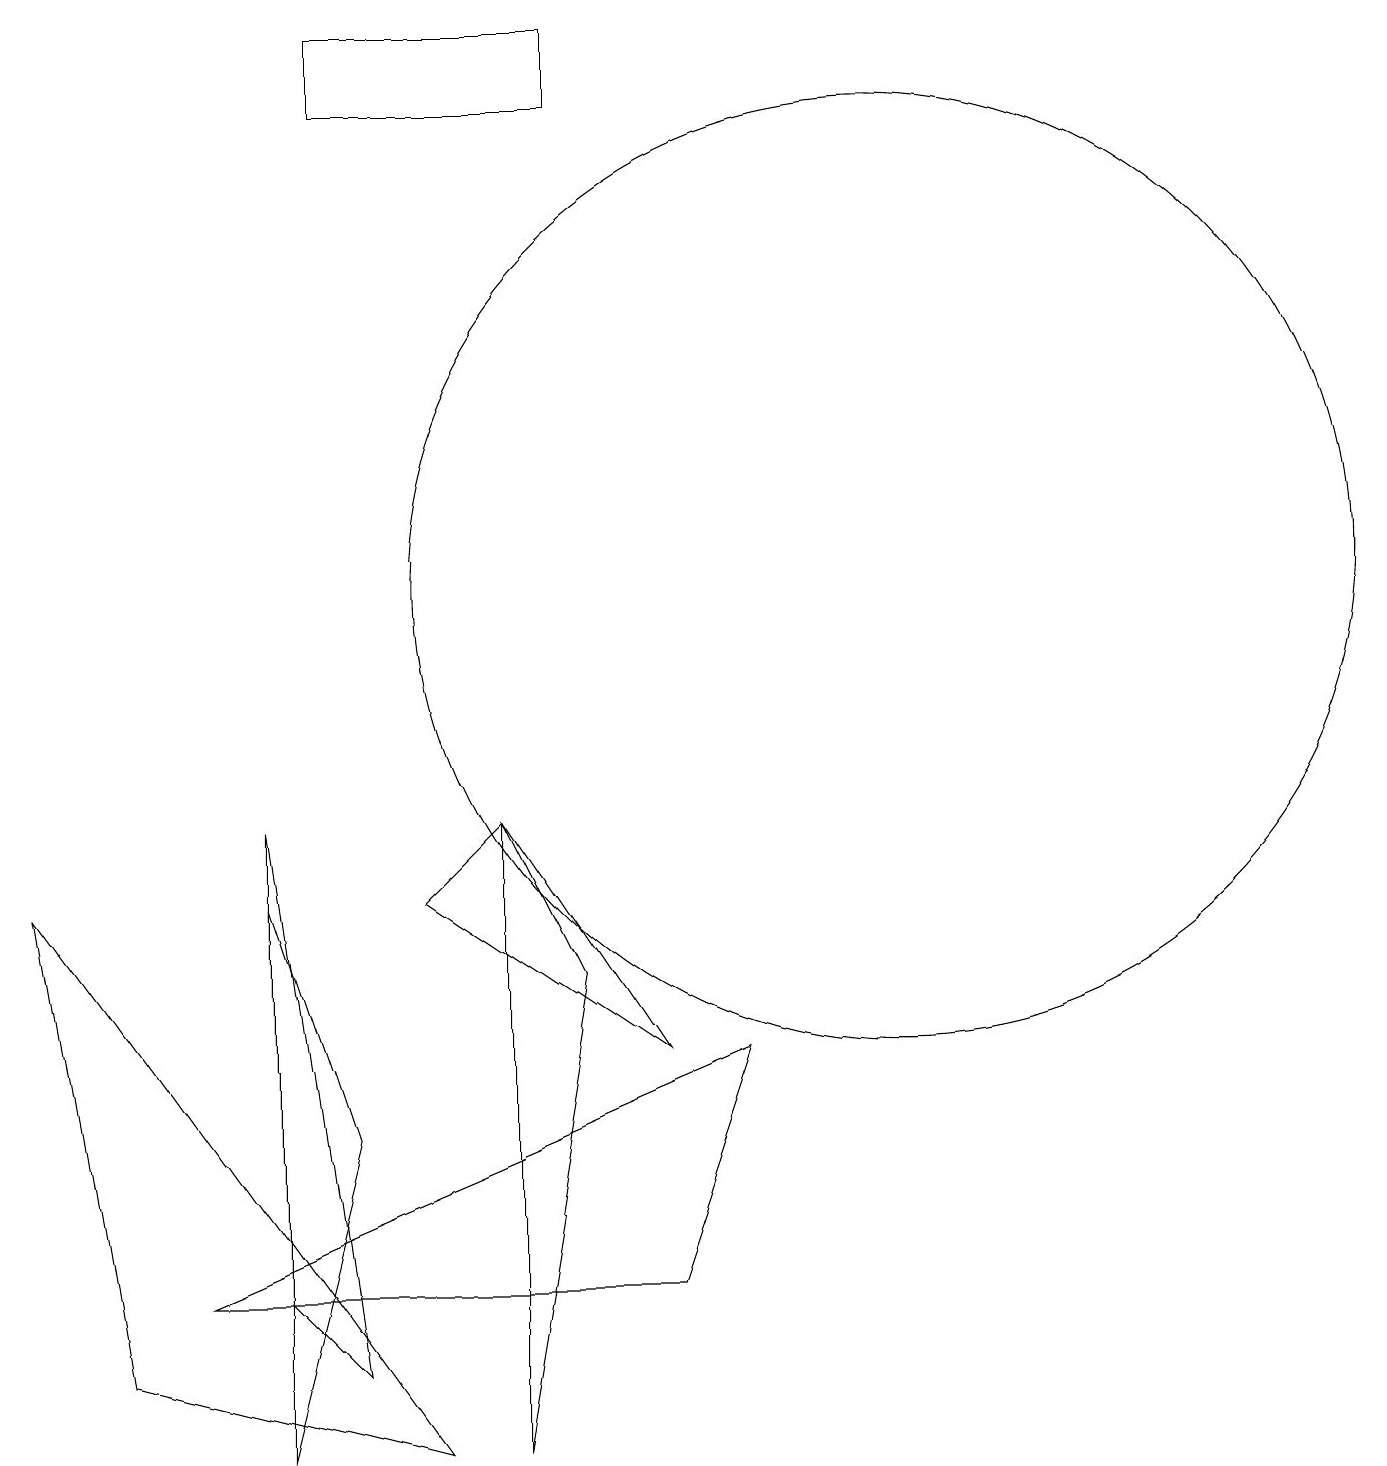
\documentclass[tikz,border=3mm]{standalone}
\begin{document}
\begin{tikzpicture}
\draw (8,6) -- (5,8) -- (6,9) -- cycle;
\draw (11,12) circle (6);
\draw (8,3) -- (2,3) -- (9,6) -- cycle;
\draw (6,9) -- (6,1) -- (7,7) -- cycle;
\draw (1,2) -- (0,8) -- (5,1) -- cycle;
\draw (3,1) -- (4,5) -- (3,8) -- cycle;
\draw (3,3) -- (3,9) -- (4,2) -- cycle;
\draw (7,18) rectangle (4,19);
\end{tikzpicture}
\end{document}